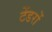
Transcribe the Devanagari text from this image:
टेंडरों